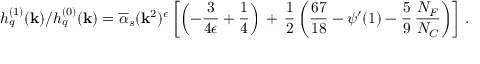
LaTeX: h _ { q } ^ { ( 1 ) } ( \mathbf { k } ) / h _ { q } ^ { ( 0 ) } ( \mathbf { k } ) = \overline { { { \alpha } } } _ { s } ( \mathbf { k } ^ { 2 } ) ^ { \epsilon } \left[ \left( - \frac { 3 } { 4 \epsilon } + \frac { 1 } { 4 } \right) \, + \, \frac { 1 } { 2 } \left( \frac { 6 7 } { 1 8 } - \psi ^ { \prime } ( 1 ) - \frac { 5 } { 9 } \, \frac { N _ { F } } { N _ { C } } \right) \right] \, .